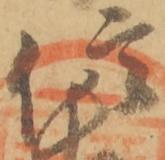
信